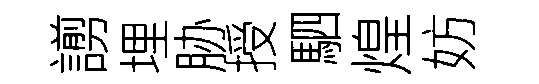
謭埋胁授駟煌妨